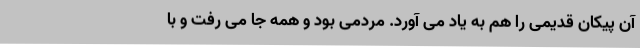
آن پیکان قدیمی را هم به یاد می آورد. مردمی بود و همه جا می رفت و با